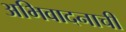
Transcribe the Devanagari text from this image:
अभिवादनाची